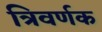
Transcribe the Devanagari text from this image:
त्रिवर्णक